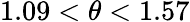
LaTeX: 1.09<\theta<1.57